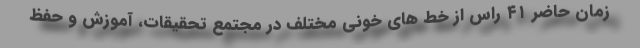
زمان حاضر ۴۱ راس از خط های خونی مختلف در مجتمع تحقیقات، آموزش و حفظ